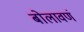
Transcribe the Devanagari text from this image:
बोलावणं